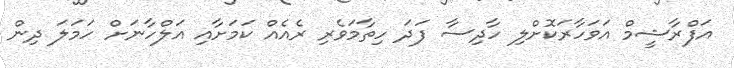
އަފްރާޝީމް އަވަހާރަކޮށްލި ހާދިސާ ފަދަ ހިތާމަވެރި ރެއެއް ކަމަށާއި އަލްހާނަށް ހަމަލަ ދިން